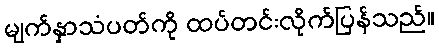
မျက်နှာသံပတ်ကို ထပ်တင်းလိုက်ပြန်သည်။